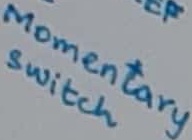
Text: Momentary